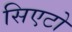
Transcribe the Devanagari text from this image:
सिएटो